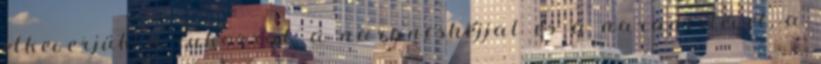
elkeverjük a cukorral, a narancshéjjal és a narancslével, a